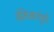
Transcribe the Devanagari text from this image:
संधिसाधूंची